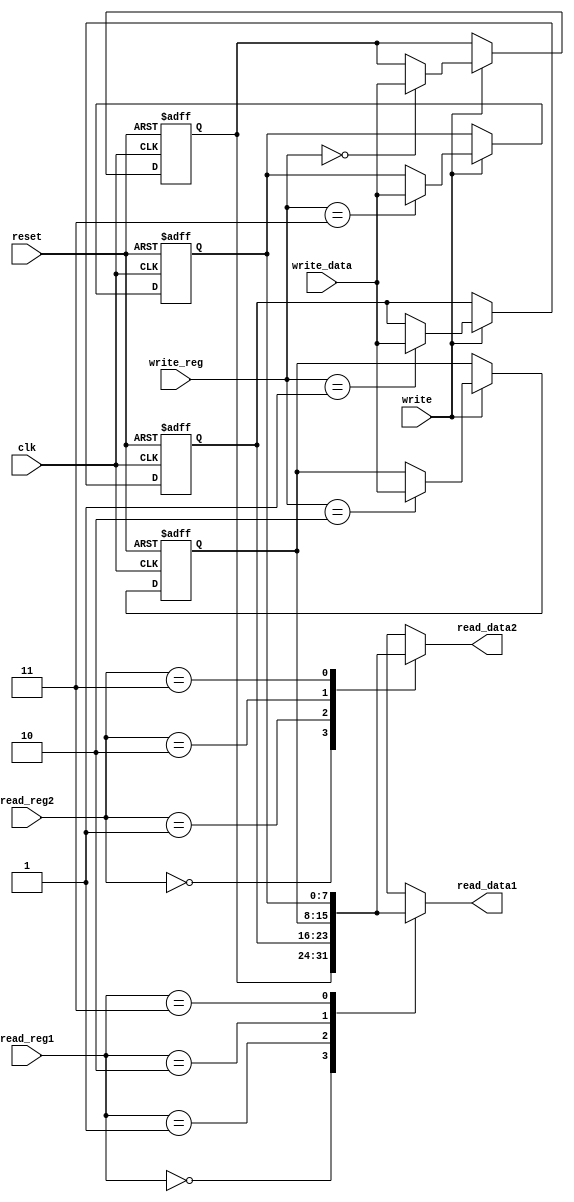
`timescale 1ns / 1ps

module Registers(
		input clk,
		input reset,
		input [1:0] read_reg1,
		input [1:0] read_reg2,
		input write,
		input [1:0] write_reg,
		input [7:0] write_data,
		output [7:0] read_data1,
		output [7:0] read_data2
	);

	reg [7:0] registers[3:0];
	integer i;
	
	assign read_data1 = registers[read_reg1];
	assign read_data2 = registers[read_reg2];

	initial begin
		for (i = 0; i < 4; i = i + 1)
			registers[i] <= 0;
	end

	always @(posedge reset or posedge clk) begin
		if (reset) begin
			for (i = 0; i < 4; i = i + 1)
				registers[i] <= 0;
		end else begin
			if (write)
				registers[write_reg] <= write_data;
		end
	end
endmodule